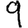
Digit: 9